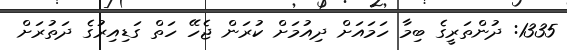
1335: ދުންތަރީގެ ބިމާ ހަމައަށް ދިއުމަށް ކުރަން ޖެހޭ ހަތް ގަޑިއިރުގެ ދަތުރަށް